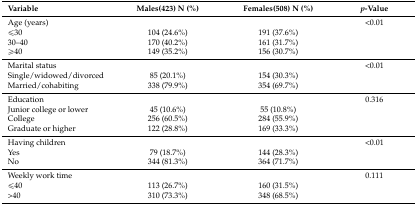
<table><thead><tr><td><b>Variable</b></td><td><b>Males(423) N (%)</b></td><td><b>Females(508) N (%)</b></td><td><b><i>p</i>-Value</b></td></tr></thead><tbody><tr><td>Age (years)</td><td></td><td></td><td>&lt;0.01</td></tr><tr><td>≤30</td><td>104 (24.6%)</td><td>191 (37.6%)</td><td></td></tr><tr><td>30–40</td><td>170 (40.2%)</td><td>161 (31.7%)</td><td></td></tr><tr><td>≥40</td><td>149 (35.2%)</td><td>156 (30.7%)</td><td></td></tr><tr><td>Marital status</td><td></td><td></td><td>&lt;0.01</td></tr><tr><td>Single/widowed/divorced</td><td>85 (20.1%)</td><td>154 (30.3%)</td><td></td></tr><tr><td>Married/cohabiting</td><td>338 (79.9%)</td><td>354 (69.7%)</td><td></td></tr><tr><td>Education</td><td></td><td></td><td>0.316</td></tr><tr><td>Junior college or lower</td><td>45 (10.6%)</td><td>55 (10.8%)</td><td></td></tr><tr><td>College</td><td>256 (60.5%)</td><td>284 (55.9%)</td><td></td></tr><tr><td>Graduate or higher</td><td>122 (28.8%)</td><td>169 (33.3%)</td><td></td></tr><tr><td>Having children </td><td></td><td></td><td>&lt;0.01</td></tr><tr><td>Yes</td><td>79 (18.7%)</td><td>144 (28.3%)</td><td></td></tr><tr><td>No</td><td>344 (81.3%)</td><td>364 (71.7%)</td><td></td></tr><tr><td>Weekly work time</td><td></td><td></td><td>0.111</td></tr><tr><td>≤40</td><td>113 (26.7%)</td><td>160 (31.5%)</td><td></td></tr><tr><td>&gt;40</td><td>310 (73.3%)</td><td>348 (68.5%)</td><td></td></tr></tbody></table>